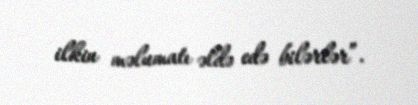
ilkin məlumatı əldə edə bilərlər”.